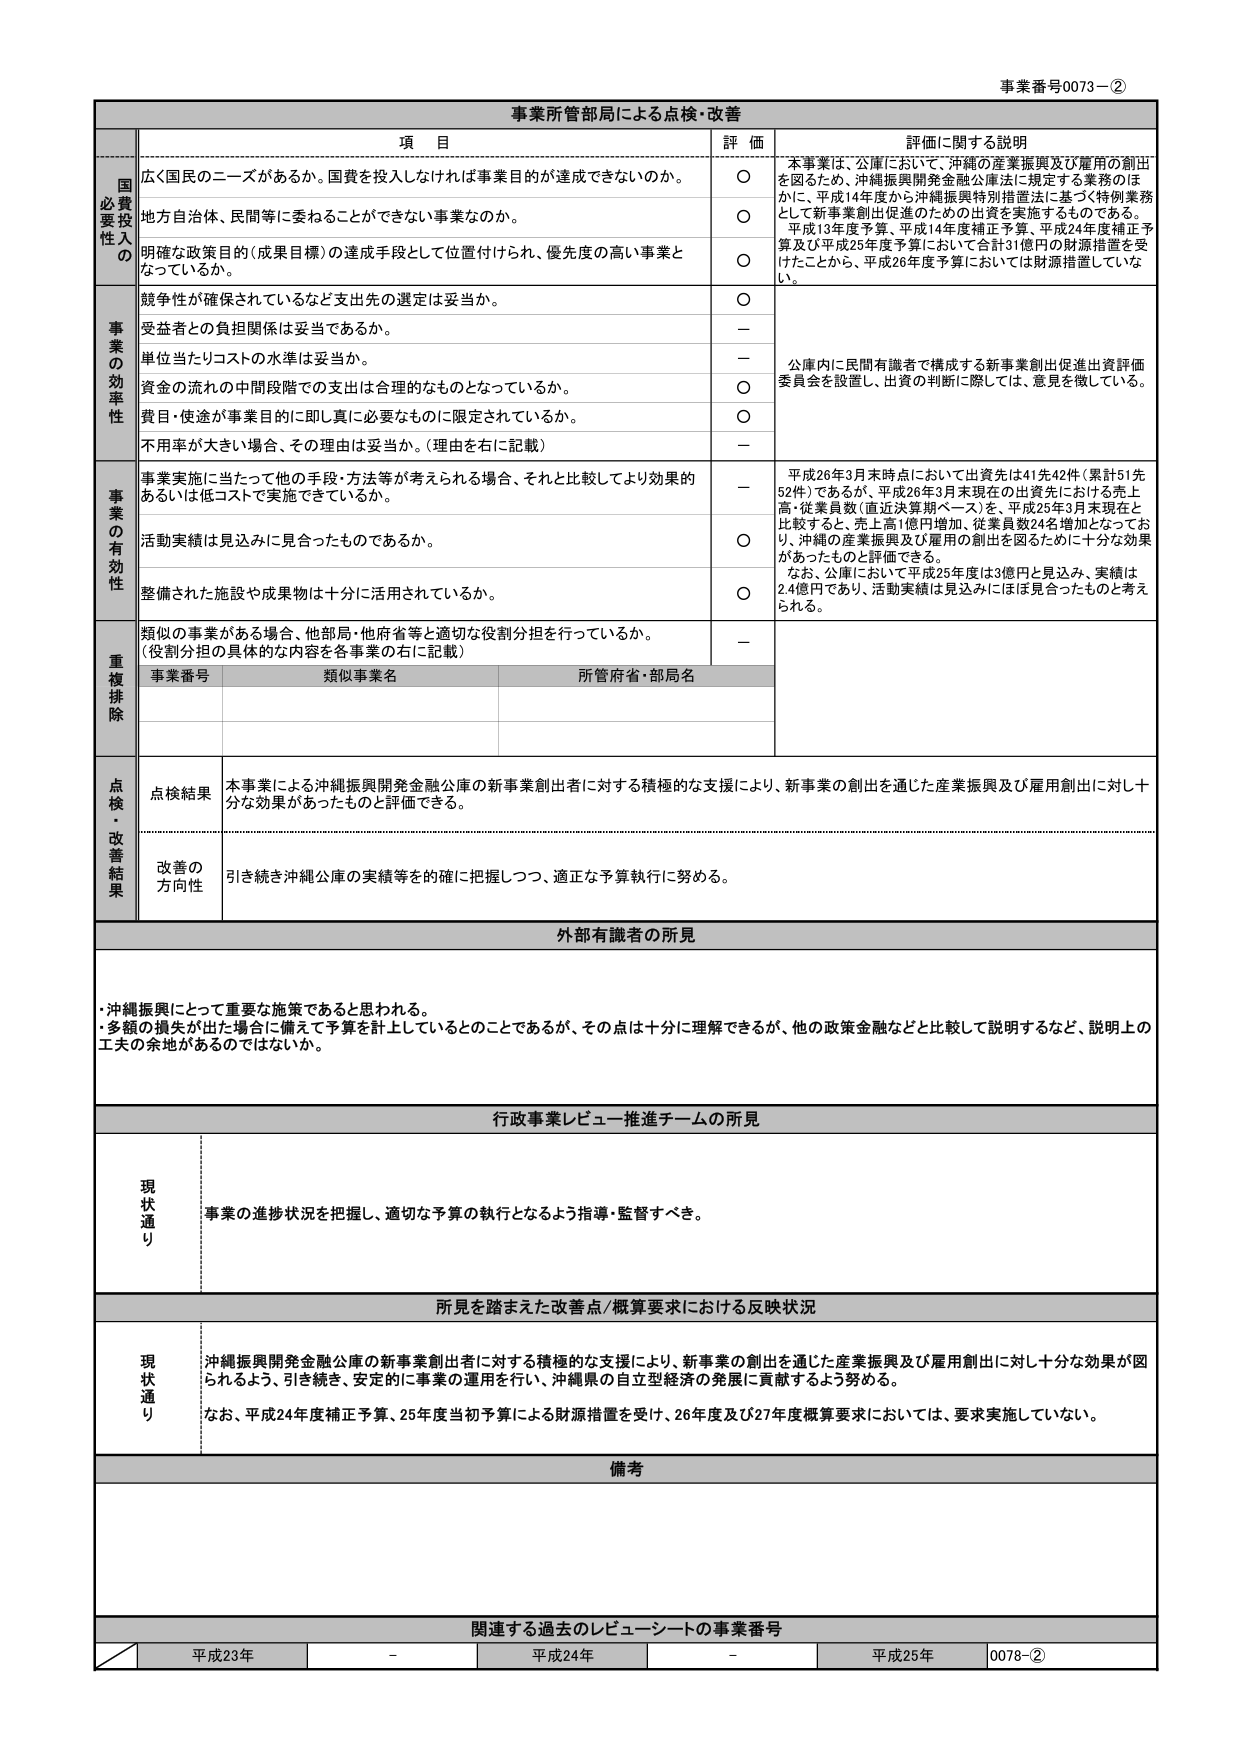
事業番号0073－②

事業所管部局による点検・改善

項 目 評 価 評価に関する説明

国
必
要
性
の
費
投
入
広く国民のニーズがあるか。国費を投入しなければ事業目的が達成できないのか。 ○ 本事業は、公庫において、沖縄の産業振興及び雇用の創出を図るため、沖縄振興開発金融公庫法に規定する業務のほかに、平成14年度から沖縄振興特別措置法に基づく特例業務として新事業創出促進のための出資を実施するものである。平成13年度予算、平成14年度補正予算、平成24年度補正予算及び平成25年度予算において合計31億円の財源措置を受けたことから、平成26年度予算においては財源措置していない。
地方自治体、民間等に委ねることができない事業なのか。 ○
明確な政策目的（成果目標）の達成手段として位置付けられ、優先度の高い事業となっているか。 ○

事
業
の
効
率
性
競争性が確保されているなど支出先の選定は妥当か。 ○
受益者との負担関係は妥当であるか。 － 公庫内に民間有識者で構成する新事業創出促進出資評価委員会を設置し、出資の判断に際しては、意見を徴している。
単位当たりコストの水準は妥当か。 －
資金の流れの中間段階での支出は合理的なものとなっているか。 ○
費用・使途が事業目的に即し真に必要なものに限定されているか。 ○
不用率が大きい場合、その理由は妥当か。（理由を右に記載） －

事
業
の
有
効
性
事業実施に当たって他の手段・方法等が考えられる場合、それと比較してより効果的あるいは低コストで実施できているか。 － 平成26年3月末時点において出資先は41先42件（累計51先52件）であるが、平成26年3月末現在の出資先における売上高・従業員数（直近決算期ベース）を、平成25年3月末現在と比較すると、売上高1億円増加、従業員数24名増加となっており、沖縄の産業振興及び雇用の創出を図るに十分な効果があったものと評価できる。なお、公庫において平成25年度は3億円と見込み、実績は2.4億円であり、活動実績は見込みにほぼ見合ったものと考えられる。
活動実績は見込みに見合ったものであるか。 ○
整備された施設や成果物は十分に活用されているか。 ○

重
複
排
除
類似の事業がある場合、他部局・他府省等と適切な役割分担を行っているか。（役割分担の具体的な内容を各事業の右に記載） －
事業番号 類似事業名 所管府省・部局名

点
検
・
改
善
結
果
点検結果 本事業による沖縄振興開発金融公庫の新事業創出者に対する積極的な支援により、新事業の創出を通じた産業振興及び雇用創出に対し十分な効果があったものと評価できる。
改善の方向性 引き続き沖縄公庫の実績等を的確に把握しつつ、適正な予算執行に努める。

外部有識者の所見
・沖縄振興にとって重要な施策であると思われる。
・多額の損失が出た場合に備えて予算を計上しているとのことであるが、その点は十分に理解できるが、他の政策金融などと比較して説明するなど、説明上の工夫の余地があるのではないか。

行政事業レビュー推進チームの所見
現状通り 事業の進捗状況を把握し、適切な予算の執行となるよう指導・監督すべき。

所見を踏まえた改善点／概算要求における反映状況
現状通り 沖縄振興開発金融公庫の新事業創出者に対する積極的な支援により、新事業の創出を通じた産業振興及び雇用創出に対し十分な効果が図られるよう、引き続き、安定的に事業の運用を行い、沖縄県の自立型経済の発展に貢献するよう努める。なお、平成24年度補正予算、25年度当初予算による財源措置を受け、26年度及び27年度概算要求においては、要求実施していない。

備考

関連する過去のレビューシートの事業番号
平成23年 － 平成24年 － 平成25年 0078－②